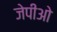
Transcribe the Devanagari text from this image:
जेपीओ